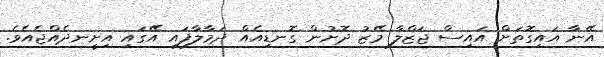
އޭނާ އައިގޮތަށް އައިސް ޖަޒްލާ މޭޒު ދޮށުން ގޮނޑިއެއް ދަމާލާފައި އޭގައި އިށީނދެއްޖެއެވެ.